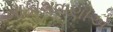
આકાશવાણીએ